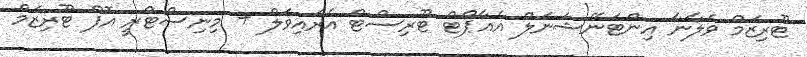
ޓޫރިޒަމް ވެލާނާ އިންޓަނޭޝަނަލް އެއާޕޯޓް ޓޫރިސްޓް އެރައިވަލް + މިނިސްޓްރީ އޮފް ޓޫރިޒަމް